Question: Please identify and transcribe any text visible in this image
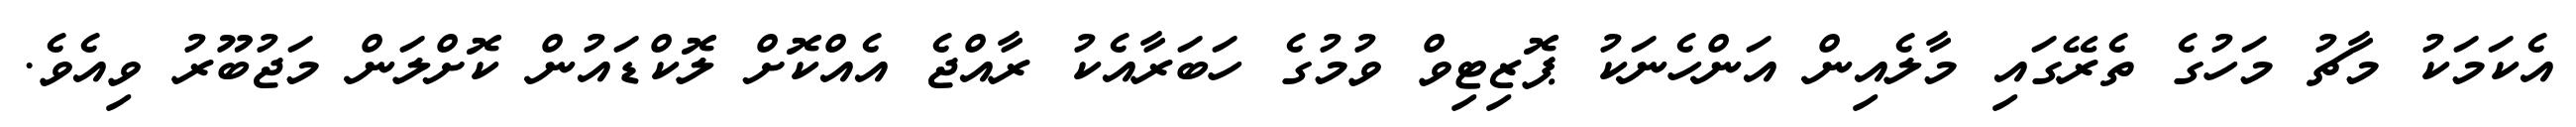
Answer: އެކަމަކު މާޗު މަހުގެ ތެރޭގައި މާލެއިން އަންހެނަކު ޕޮޒިޓިވް ވުމުގެ ހަބަރާއެކު ރާއްޖެ އެއްކޮށް ލޮކްޑައުން ކޮށްލަން މަޖުބޫރު ވިއެވެ.